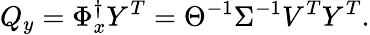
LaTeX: Q_{y}=\Phi_{x}^{\dagger}Y^{T}=\Theta^{-1}\Sigma^{-1}V^{T}Y^{T}.